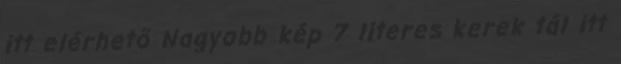
itt elérhető Nagyobb kép 7 literes kerek tál itt